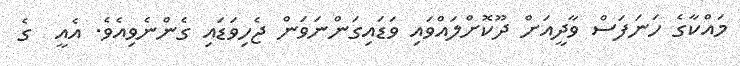
މައްކާގެ ހަނަފަސް ވާދީއަށް ދޫކޮށްލައްވައި ވަޑައިގަންނަވަން ޖެހިވަޑައި ގެންނެވިއެވެ. އެއީ  ގެ